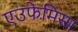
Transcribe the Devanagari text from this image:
एउफेमिस्म